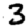
Digit: 3